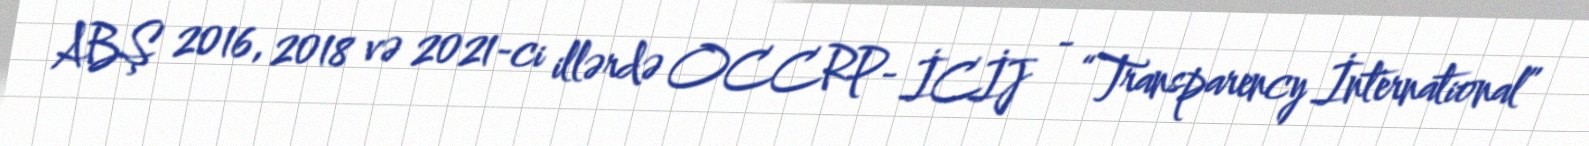
ABŞ 2016, 2018 və 2021-ci illərdə OCCRP- İCİJ - “Transparency İnternational”